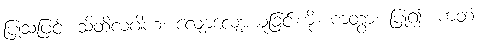
ပြုသဖြင့်။ သိထိလဂါဟံ၊ လျော့လျော့ယူခြင်းကို။ ကတွာ၊ ပြု၍။ ကတံ၊